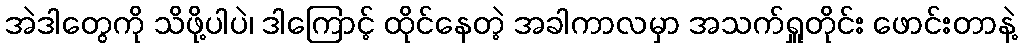
အဲဒါတွေကို သိဖို့ပါပဲ၊ ဒါကြောင့် ထိုင်နေတဲ့ အခါကာလမှာ အသက်ရှူတိုင်း ဖောင်းတာနဲ့